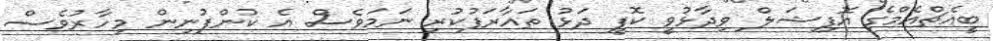
ބީއެޗްއެމްގެ އޮފިޝަލް ވިދާޅުވީ ކޮފީ ދަޅު ތައާރަފުކުރި ނަމަވެސް އެ ކުންފުނިން މިހާރުވެސް